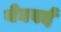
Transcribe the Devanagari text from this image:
येघवर्द